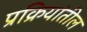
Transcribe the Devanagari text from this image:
प्रक्रियांतील